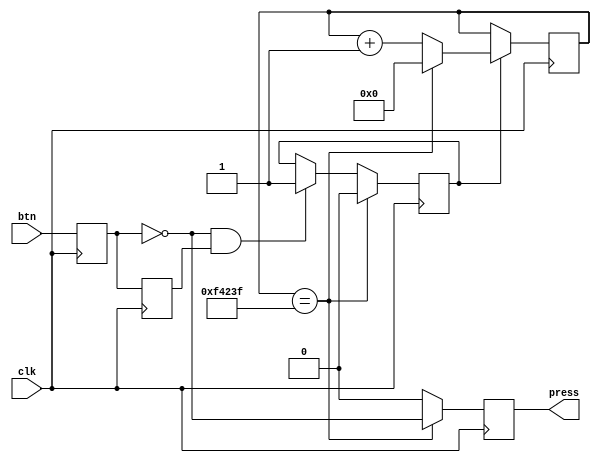
`timescale 1ns / 1ps
//////////////////////////////////////////////////////////////////////////////////
// Company: 
// Engineer: 
// 
// Design Name: 
// Module Name: btn_debounce
// Project Name: 
// Target Devices: 
// Tool Versions: 
// Description: 
// 
// Dependencies: 
// 
// Revision:
// Revision 0.01 - File Created
// Additional Comments:
// 
//////////////////////////////////////////////////////////////////////////////////


module btn_debounce(
	input wire clk,		//
	input wire btn,		//
	output reg press	//
    );
	
	//
	parameter DELAY_TIME = 1000000;	//20ms
	
	//
	reg btn_r0;		// 
	reg btn_r1;		// 
	wire btn_nedge;	//
	
	reg [19:0] delay_cnt;	//20ms
	reg delay_flag;			//
	
	//
	always @(posedge clk)
	begin
		btn_r0 <= btn;		//
		btn_r1 <= btn_r0;	// 
	end
	
	assign btn_nedge = ~btn_r0 & btn_r1;	//
	//assign btn_pedge = btn_r0 & ~btn_r1;	//
	
	//delay_flag
	always @(posedge clk)
	begin
		if(btn_nedge)
		begin	//1
			delay_flag <= 1'b1;
		end
		if(delay_cnt == DELAY_TIME - 1)
		begin	//  
			delay_flag <= 1'b0;
		end
	end
	
	//delay_cnt
	always @(posedge clk)
	begin
		if(delay_flag)
		begin
			if(delay_cnt == DELAY_TIME - 1)
			begin	//20ms
				delay_cnt <= 0;
			end
			else	
			begin	//20ms
				delay_cnt <= delay_cnt + 1;
			end
		end	
	end
	

	
	//press
	always @(posedge clk)
	begin
		if(delay_cnt == DELAY_TIME - 1)
		begin	//20ms
			press <= ~btn_r0;
		end
		else
		begin	//20ms
			press <= 1'b0;
		end
	end
	
	
endmodule